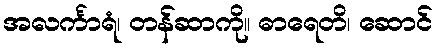
အလင်္ကာရံ၊ တန်ဆာကို။ ဓာရေတိ၊ ဆောင်